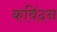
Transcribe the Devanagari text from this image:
कविंदन